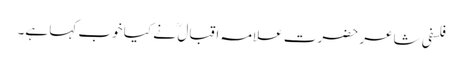
فلسفی شاعر حضرت علامہ اقبال ؒ نے کیا خوب کہا ہے۔